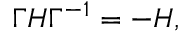
\begin{array} { r } { \Gamma H \Gamma ^ { - 1 } = - H , } \end{array}